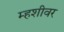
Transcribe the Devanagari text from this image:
म्हशीवर